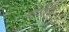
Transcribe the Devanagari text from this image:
क्योंकि्